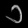
Digit: ၁